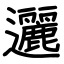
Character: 邐